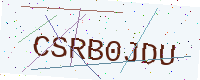
Text: CSRB0JDU